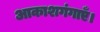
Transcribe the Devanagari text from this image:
आकाशगंगाएँ।